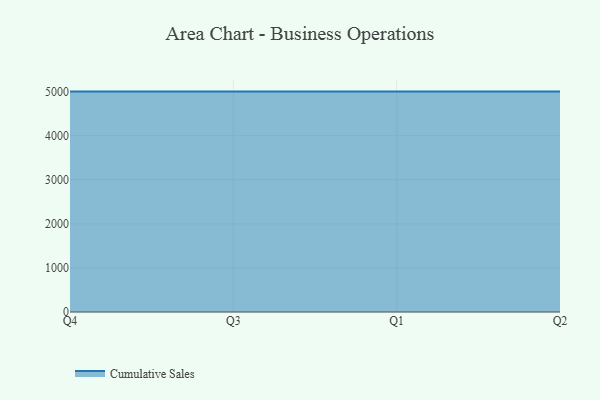
{"axis": {"x": "Quarter", "y": "Churn Rate (%)"}, "legend": ["Cumulative Sales"], "data": [{"x": "Q4", "y": 5000, "type": "Cumulative Sales"}, {"x": "Q3", "y": 5000, "type": "Cumulative Sales"}, {"x": "Q1", "y": 5000, "type": "Cumulative Sales"}, {"x": "Q2", "y": 5000, "type": "Cumulative Sales"}]}